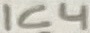
Text: IC4